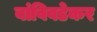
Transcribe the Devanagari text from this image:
बांविवडेकर